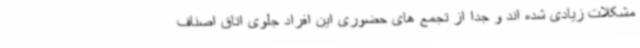
مشکلات زیادی شده اند و جدا از تجمع های حضوری این افراد جلوی اتاق اصناف